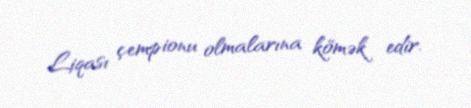
Liqası çempionu olmalarına kömək edir.